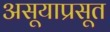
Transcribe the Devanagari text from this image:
असूयाप्रसूत